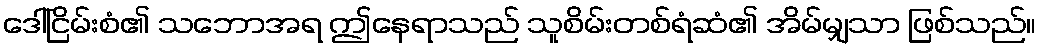
ဒေါ်ငြိမ်းစံ၏ သဘောအရ ဤနေရာသည် သူစိမ်းတစ်ရံဆံ၏ အိမ်မျှသာ ဖြစ်သည်။